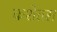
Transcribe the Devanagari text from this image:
कशेतरा